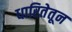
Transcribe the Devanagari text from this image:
धारितेतून